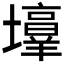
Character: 𪤯